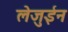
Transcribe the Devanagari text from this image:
लेजुईन